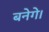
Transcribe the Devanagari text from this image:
बनेगे।